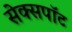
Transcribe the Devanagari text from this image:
सेक्सपॉट